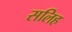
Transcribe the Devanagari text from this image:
सलिह